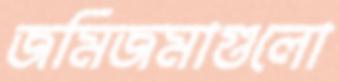
জমিজমাগুলো